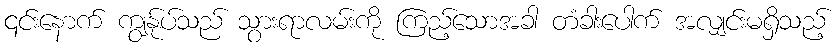
၎င်းနောက် ကျွန်ုပ်သည် သွားရာလမ်းကို ကြည့်သောအခါ တံခါးပေါက် အလျှင်းမရှိသည့်